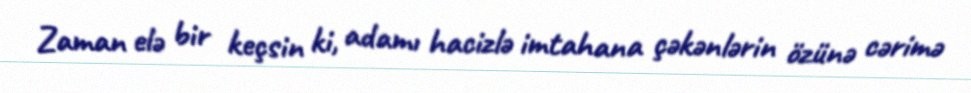
Zaman elə bir keçsin ki, adamı hacizlə imtahana çəkənlərin özünə cərimə